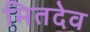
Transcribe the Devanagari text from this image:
मितदेव